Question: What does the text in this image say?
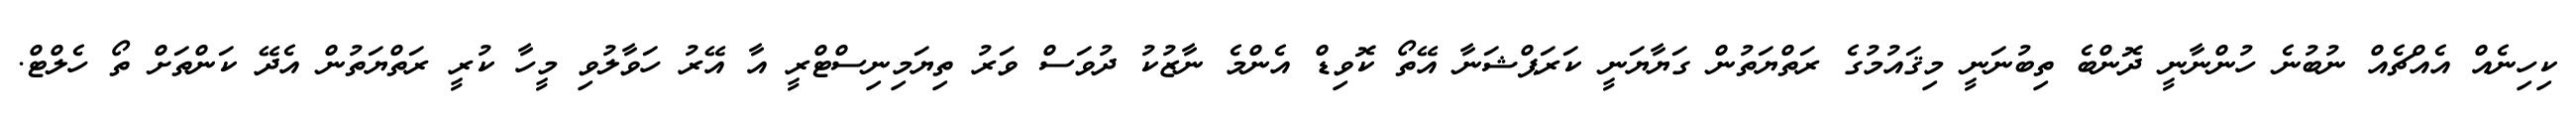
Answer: ކިހިނެއް އެއްޗެއް ނުބުނެ ހުންނާނީ ދޮންބެ ތިބުނަނީ މިޤައުމުގެ ރަތްޔަތުން ގަޔާޔަނީ ކަރަޕްޝަނާ އޭތޯ ކޮވިޑް އެންމެ ނާޒުކު ދުވަސް ވަރު ތިޔަމިނިސްޓްރީ އާ އޭރު ހަވާލުވި މީހާ ކުރީ ރަތްޔަތުން އެދޭ ކަންތަށް ތޯ ހެލްޓް.